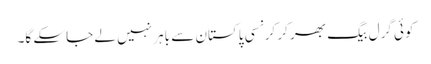
کوئی گرل بیگ بھر کر کرنسی پاکستان سے باہر نہیں لے جاسکے گا۔